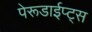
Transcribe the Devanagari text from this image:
पेरूडाईप्ट्स